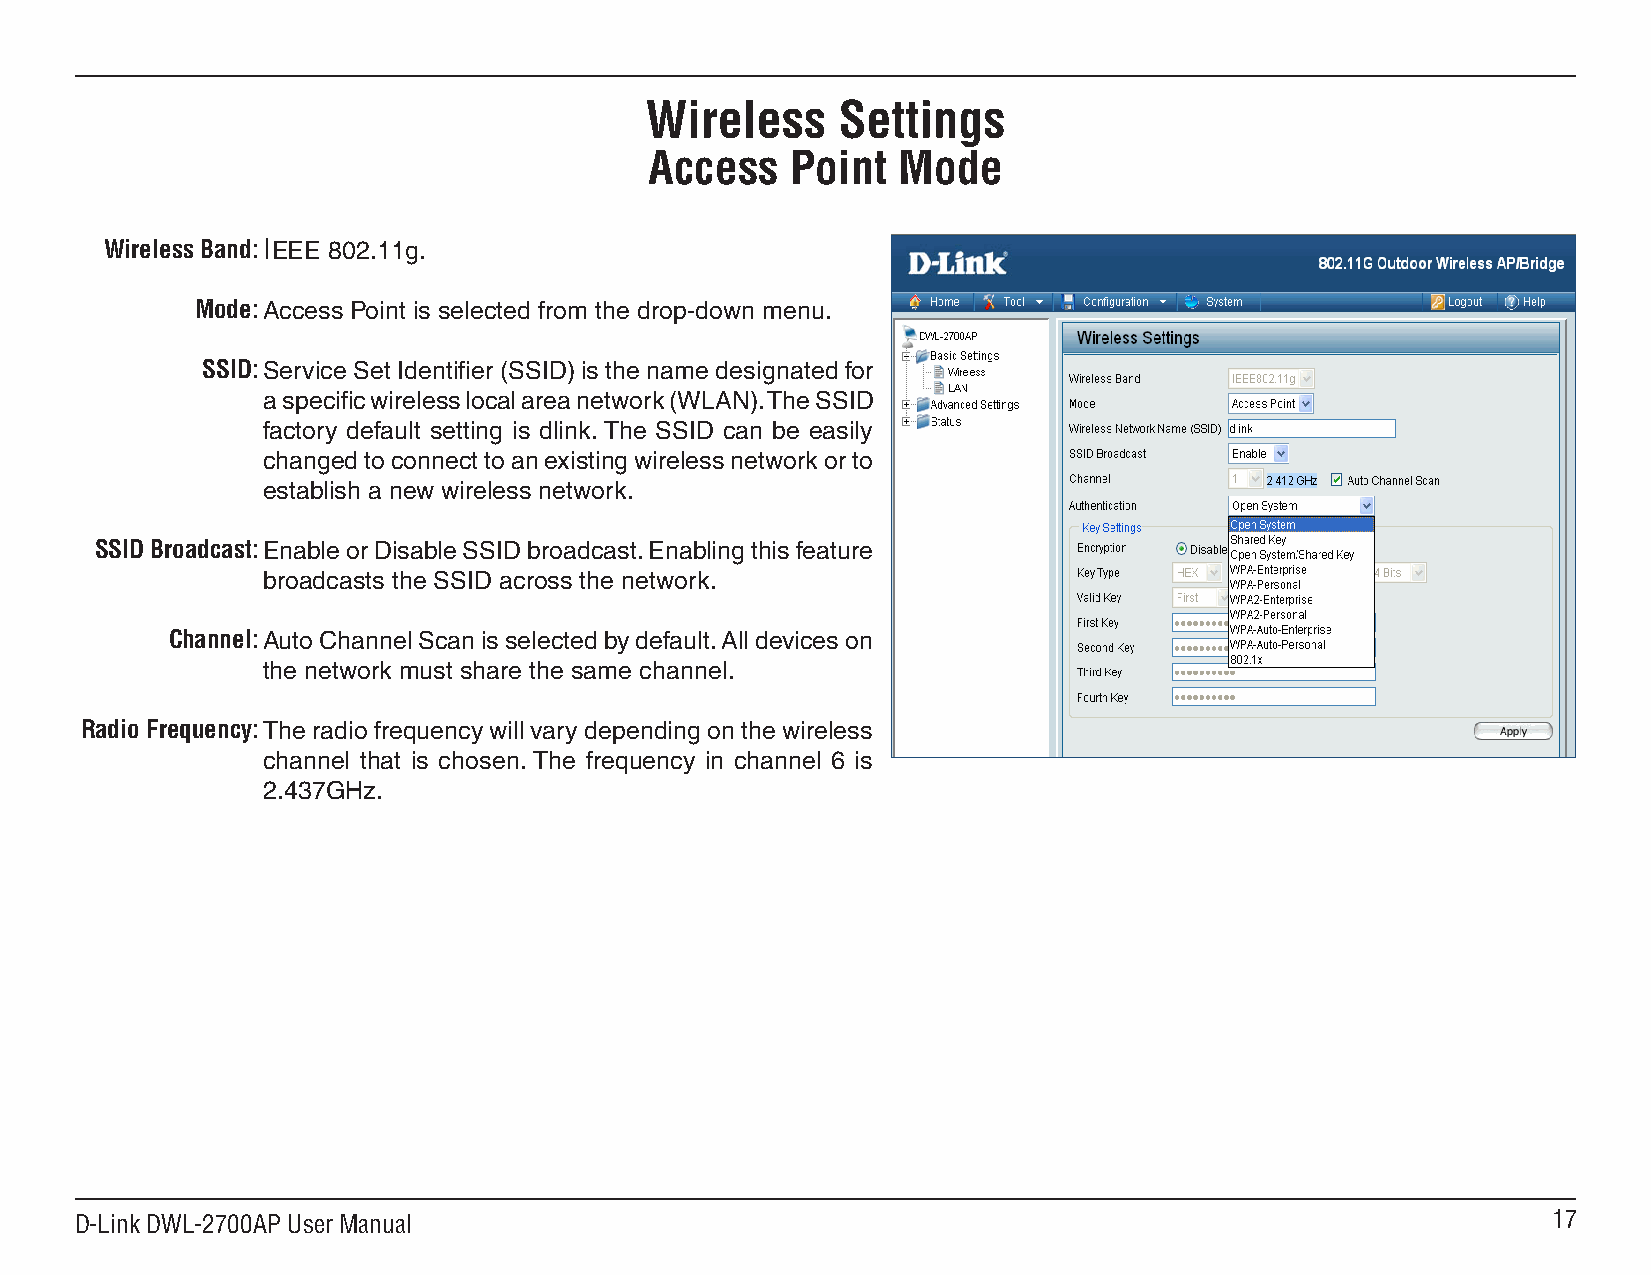
Wireless    Settings
 Access   Point  Mode
 Wireless Band: IEEE 802.11g.
 Mode:Access Point is selected from the drop-down menu.
 SSID:Service Set Identifier (SSID) is the name designated for
 a specific wireless local area network (WLAN). The SSID
 factory default setting is dlink. The SSID can be easily
 changed to connect to an existing wireless network or to
 establish a new wireless network.
 SSID Broadcast:Enable or Disable SSID broadcast. Enabling this feature
 broadcasts the SSID across the network.
 Channel:Auto Channel Scan is selected by default. All devices on
 the network must share the same channel.
 Radio Frequency:The radio frequency will vary depending on the wireless
 channel that is chosen. The frequency in channel 6 is
 2.437GHz.
 D-Link DWL-2700AP User Manual                                                                     17